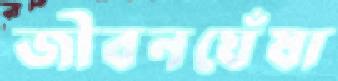
জীবনঘেঁষা